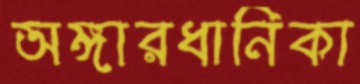
অঙ্গারধানিকা